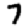
Digit: 7